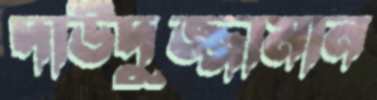
দাউদুজ্জামান